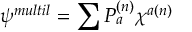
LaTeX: \psi ^ { m u l t i l } = \sum { \cal { P } } _ { a } ^ { ( n ) } \chi ^ { a ( n ) }